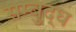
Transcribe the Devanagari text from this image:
सम्बुद्ध